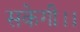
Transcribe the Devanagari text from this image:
सकेगी।।